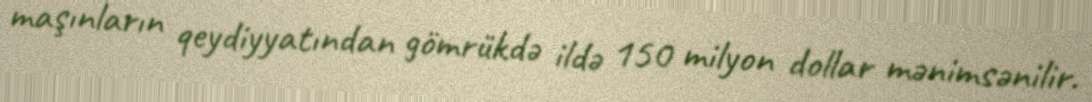
maşınların qeydiyyatından gömrükdə ildə 150 milyon dollar mənimsənilir.